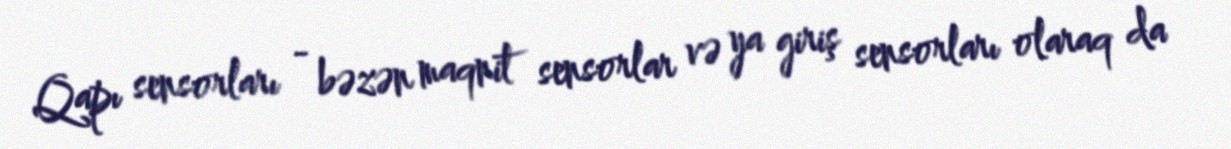
Qapı sensorları - bəzən maqnit sensorlar və ya giriş sensorları olaraq da